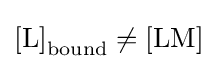
{[\mathrm {L} ]}_{\text{bound}}\neq {[\mathrm {LM} ]}